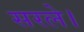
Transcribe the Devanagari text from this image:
सरले।